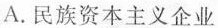
A.民族资本主义企业